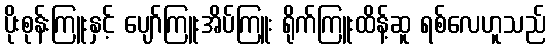
ပိုးစုန်းကြူးနှင့် ပျော်ကြူးအိပ်ကြူး ရိုက်ကြူးထိန့်ဆူ ရစ်လေဟူသည်